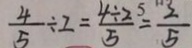
\frac { 4 } { 5 } \div 2 = \frac { 4 \div 2 5 } { 5 } = \frac { 2 } { 5 }